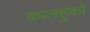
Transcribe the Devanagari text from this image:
कालहुको